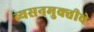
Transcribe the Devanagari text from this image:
व्यसनमुक्‍तीचे